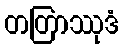
တတြာဿုဒံ